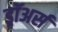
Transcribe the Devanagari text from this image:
ड्रॉअर्स